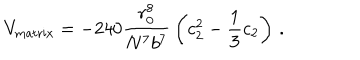
V _ { \mathrm { m a t r i x } } = - 2 4 0 { \frac { r _ { 0 } ^ { 8 } } { N ^ { 7 } b ^ { 7 } } } \left( c _ { 2 } ^ { 2 } - { \frac { 1 } { 3 } } c _ { 2 } \right) \, .